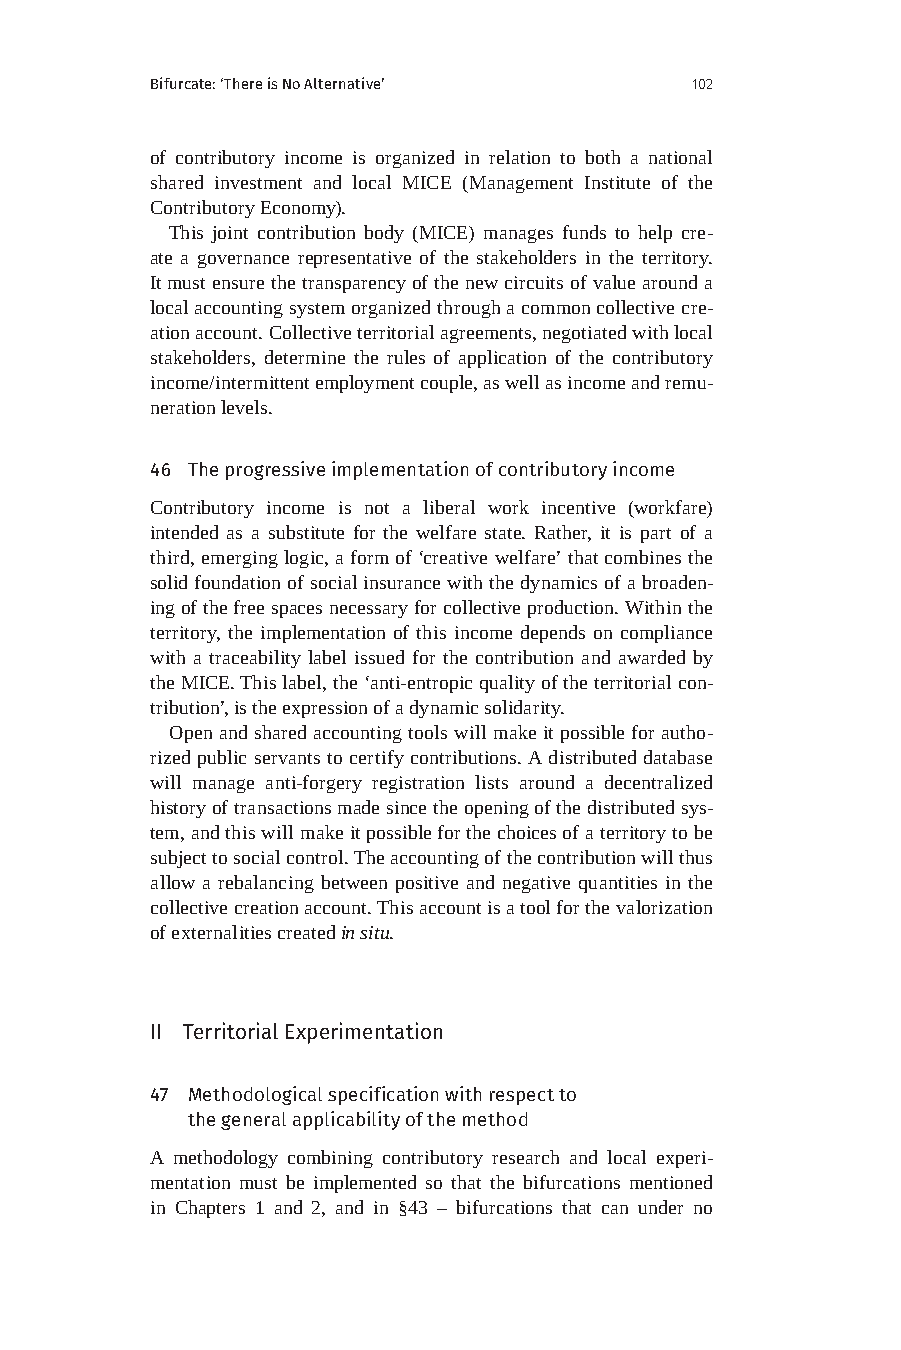
Bifurcate: ‘There is No Alternative’ 102
 of contributory income is organized in relation to both a national
 shared investment and local MICE (Management Institute of the
 Contributory Economy).
 This joint contribution body (MICE) manages funds to help cre-
 ate a governance representative of the stakeholders in the territory.
 It must ensure the transparency of the new circuits of value around a
 local accounting system organized through a common collective cre-
 ation account. Collective territorial agreements, negotiated with local
 stakeholders, determine the rules of application of the contributory
 income/intermittent employment couple, as well as income and remu-
 neration levels.
 46 The progressive implementation of contributory income
 Contributory income is not a liberal work incentive (workfare)
 intended as a substitute for the welfare state. Rather, it is part of a
 third, emerging logic, a form of ‘creative welfare’ that combines the
 solid foundation of social insurance with the dynamics of a broaden-
 ing of the free spaces necessary for collective production. Within the
 territory, the implementation of this income depends on compliance
 with a traceability label issued for the contribution and awarded by
 the MICE. This label, the ‘anti-entropic quality of the territorial con-
 tribution’, is the expression of a dynamic solidarity.
 Open and shared accounting tools will make it possible for autho-
 rized public servants to certify contributions. A distributed database
 will manage anti-forgery registration lists around a decentralized
 history of transactions made since the opening of the distributed sys-
 tem, and this will make it possible for the choices of a territory to be
 subject to social control. The accounting of the contribution will thus
 allow a rebalancing between positive and negative quantities in the
 collective creation account. This account is a tool for the valorization
 of externalities created in situ.
 II Territorial Experimentation
 47 Methodological specification with respect to
 the general applicability of the method
 A methodology combining contributory research and local experi-
 mentation must be implemented so that the bifurcations mentioned
 in Chapters 1 and 2, and in §43 – bifurcations that can under no